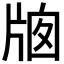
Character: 𤗄